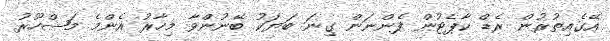
އޭގެއިތުރުން ރެޑް ކާޕެޓުން ފެންނަން ގިނަ ބަޔަކު ބޭނުންވާ މިހާރު އެންމެ މަޝްހޫރު